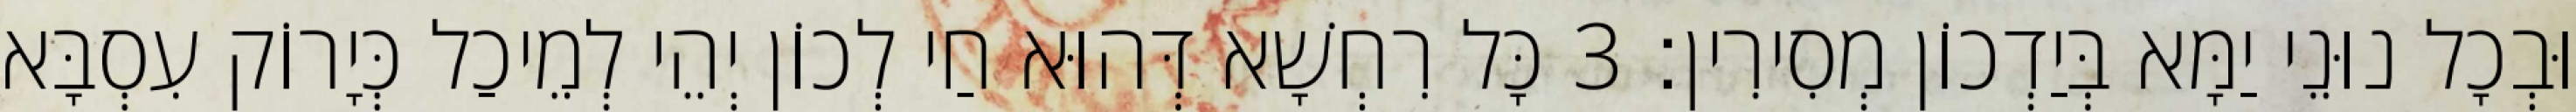
וּבְכָל נוּנֵי יַמָּא בְּיַדְכוֹן מְסִירִין׃ 3 כָּל רִחְשָׁא דְּהוּא חַי לְכוֹן יְהֵי לְמֵיכַל כְּיָרוֹק עִסְבָּא